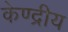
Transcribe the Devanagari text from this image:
केण्द्रीय